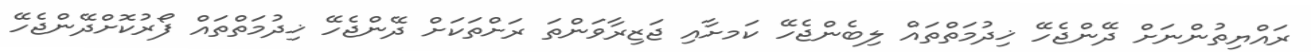
ރައްޔިތުންނަށް ދޭންޖެހޭ ޚިދުމަތްތައް ލިބެންޖެހޭ ކަަމށާއި ޖަޒިރާވަންތަ ރަށްތަކަށް ދޭންޖެހޭ ޚިދުމަތްތައް ފޯރުކޮށްދޭންޖެހޭ